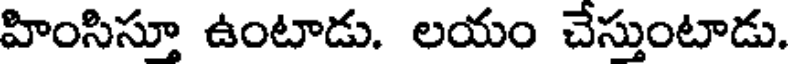
హింసిస్తూ ఉంటాడు. లయం చేస్తుంటాడు.